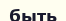
быть